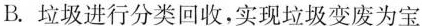
B.垃圾进行分类回收，实现垃圾变废为宝